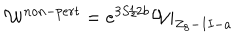
{ \cal W } ^ { n o n - p e r t } = e ^ { 3 S / 2 b } { \cal W } | _ { Z _ { 8 } - I I - a }